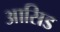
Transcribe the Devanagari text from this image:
आसिड